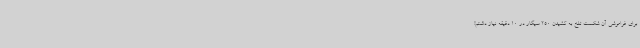
برای فراموشی آن شکست تلخ به کشیدن 250 سیگار در 10 دقیقه نیاز داشتم!